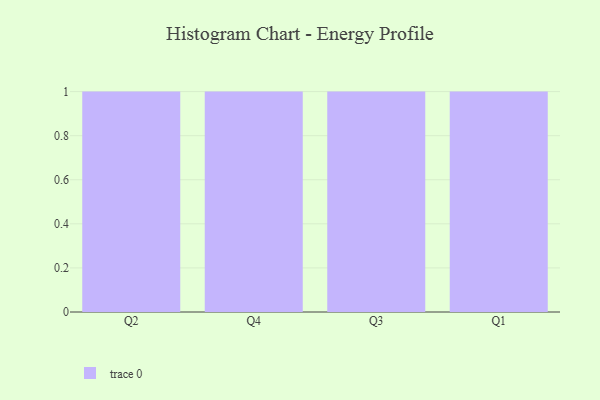
{"axis": {"x": "Quarter", "y": "Tickets Resolved"}, "legend": [""], "data": [{"x": "Q2", "y": 49, "type": ""}, {"x": "Q4", "y": 6, "type": ""}, {"x": "Q3", "y": 13, "type": ""}, {"x": "Q1", "y": 95, "type": ""}]}